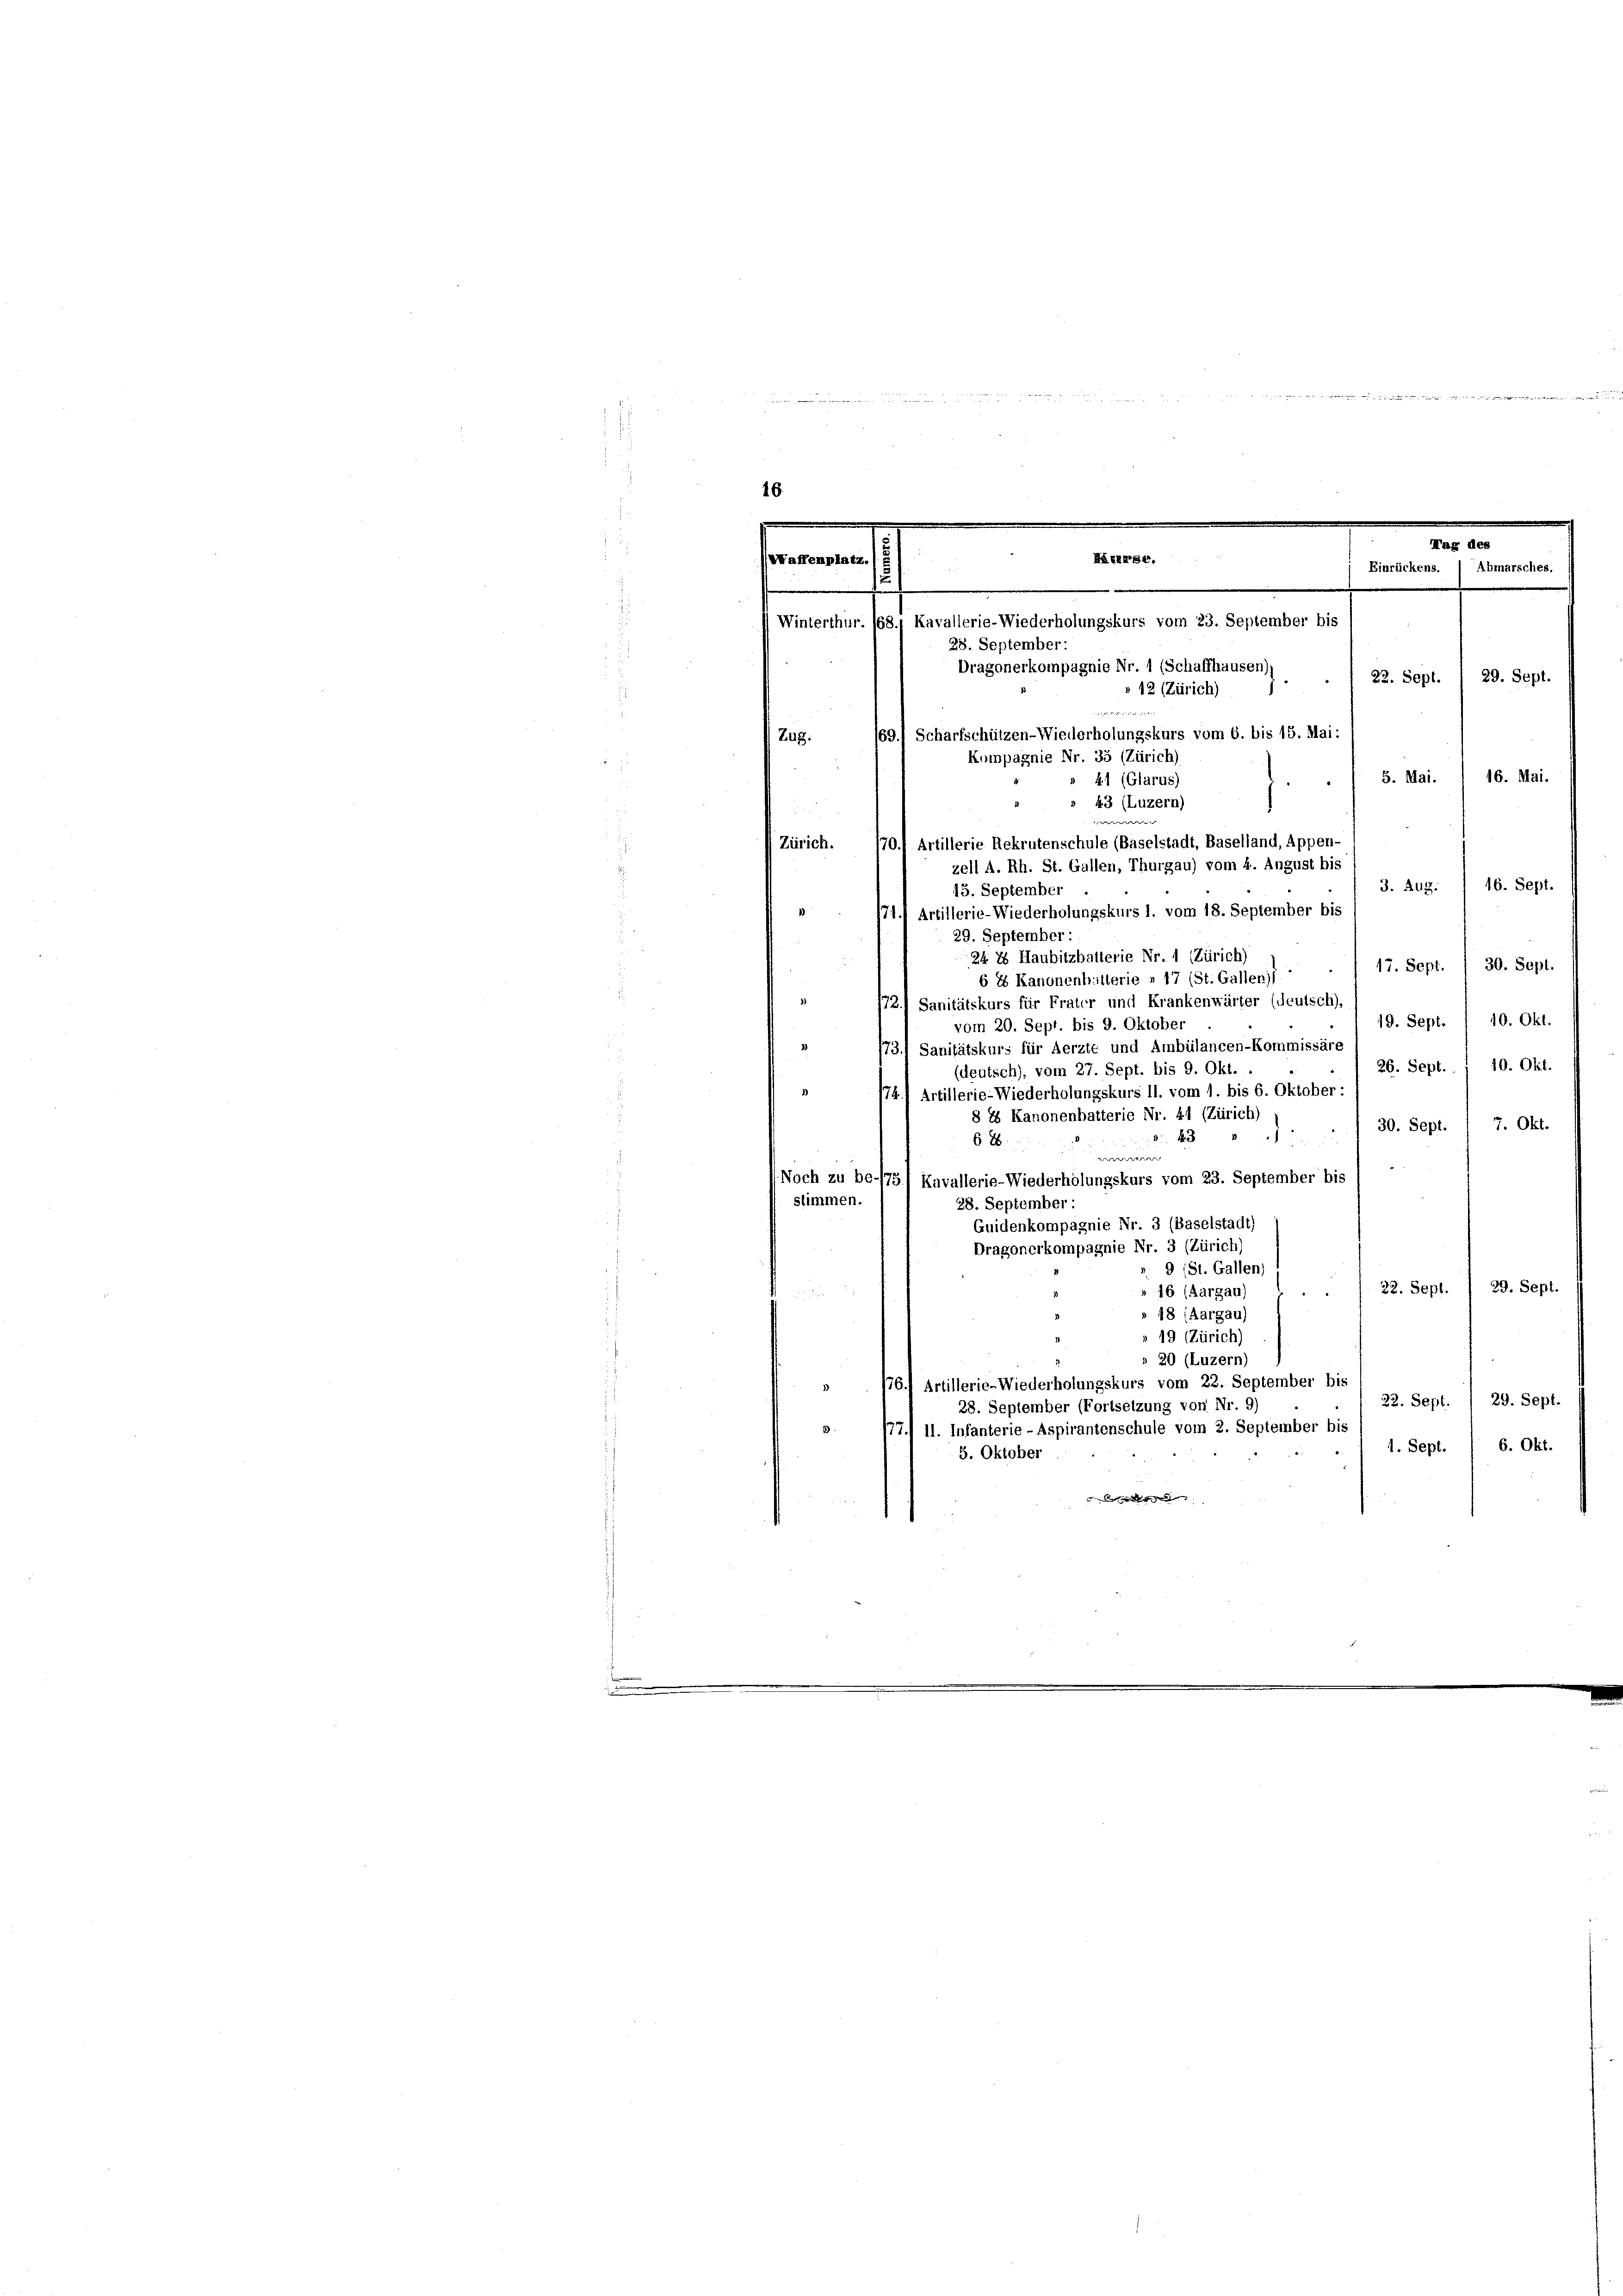
16.
Mag des
Einrückens. Abmarsches.
22. Sept. 1 29. Sept.
Zug.
i
16. Mai.
u
16. Sept.
3. 442.
13. September
171. Artillerie-Wiederholungskurs l. vom 18. September bis
29. September:
24 2 Haubitzbalterie Nr. 1 (Zürich)
 17. Sept. / 30. Sept.
6 2 Kanonenbritterie » 17 (St. Galleni)
7
772.) Sanitätskurs für Frater und Krankenwärter (deutsch)
19. Sept. 1 10. Okt.
vom 20. Sept. bis 9. Oktober
1731 Sanitätskurs für Aerzte und Ambülancen-Kommissäre
26. Sept. . . 10. Okt.
(deutsch), vom 27. Sept. bis 9. Okt.
/741 Artillerie-Wiederholungskurs 11. vom 1. bis 6. Oktober:
§ 88 Kanonenhatterie Nr. 41 (Zürich)
7. Okt.
30. Sept.
 888
628
e
e
Noch zu be-75) Kavallerie-Wiederholungskurs vom 23. September bis
stimmen.
28. September :
Guidenkompagnie Nr. 3 (Baselstadt)
Dragonerkompagnie Nr. 3 (Zürich)
r. 9 (St. Gallen)
29. Sept.
22. Sept.
» 16 (Aargau
 48 (Aargau)
» 19 (Zürich)
» 20 (Luzern)
» 176. Artillerie-Wiederholungskurs vom 22. September bis
22. Sept. 1 29. Sept.
28. September (Fortsetzung von Nr. 9)
3. 177. II. Infanterie-Aspirantenschule vom 2. September bis
1. Sept. 6. Okt.
3. Oktober

e
HERESE,
Waffenplatz. /

.
Winterthur. 168., Kavallerie-Wiederholungskurs vom 23. September bis
28. September:
Dragonerkompagnie Nr. 1 (Schaffhausen),
» 12 (Zürich)
159.) Scharfschützen-Wiederholungskurs vom 6. bis 15. Mai:
Kompagnie Nr. 35 (Zürich)
5. Mai.
41 (Glarus)
1
43 (Luzern)
Artillerie Rekrutenschule (Baselstadt, Baselland, Appen-
Zürich.
170.
zell A. Rh. St. Gallen, Thurgau) vom 4. August bis